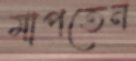
মাপতেন